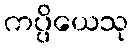
ကပ္ပိယေသု